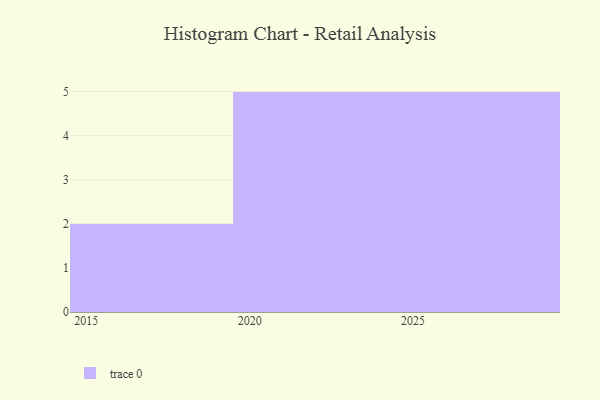
{"axis": {"x": "Year", "y": "Headcount"}, "legend": [""], "data": [{"x": "2022", "y": 15, "type": ""}, {"x": "2021", "y": 65, "type": ""}, {"x": "2029", "y": 37, "type": ""}, {"x": "2023", "y": 29, "type": ""}, {"x": "2018", "y": 99, "type": ""}, {"x": "2025", "y": 28, "type": ""}, {"x": "2024", "y": 13, "type": ""}, {"x": "2027", "y": 40, "type": ""}, {"x": "2026", "y": 5, "type": ""}, {"x": "2028", "y": 47, "type": ""}, {"x": "2020", "y": 47, "type": ""}, {"x": "2015", "y": 47, "type": ""}]}